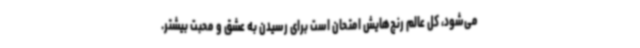
می‌شود، کل عالم رنج‌هایش امتحان است برای رسیدن به عشق و محبت بیشتر.